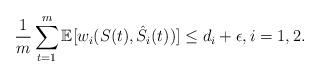
LaTeX: \begin{align*}\frac{1}{m}\sum\limits_{t=1}^m\mathbb{E}[w_i(S(t),\hat{S}_i(t))]\leq d_i+\epsilon,i=1,2.\end{align*}